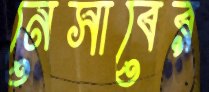
নেসাবের